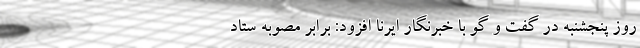
روز پنجشنبه در گفت و گو با خبرنگار ایرنا افزود: برابر مصوبه ستاد